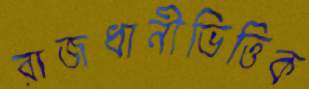
রাজধানীভিত্তিক